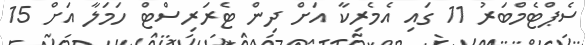
ސެޕްޓެމްބަރު 11 ގައި އެމެރިކާ އަށް ދިން ޓެރަރިސްޓް ހަމަލާ އަށް 15